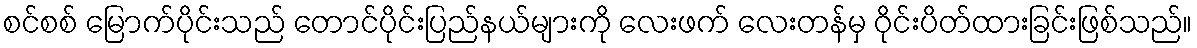
စင်စစ် မြောက်ပိုင်းသည် တောင်ပိုင်းပြည်နယ်များကို လေးဖက် လေးတန်မှ ဝိုင်းပိတ်ထားခြင်းဖြစ်သည်။